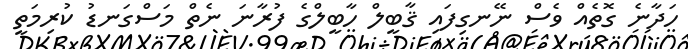
ހަދާނެ ގޮތެއް ވެސް ނޭނގިފައި ޤާބީލް ހާބީލްގެ ފުރާނަ ނެތް މަސްގަނޑު ކުރިމަތީ